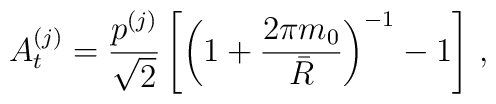
A^{(j)}_t={p^{(j)}\over \sqrt 2} \left[\left( 1+ {2\pi m_0 \over \bar{R}} \right)^{-1} - 1\right]   \,  ,